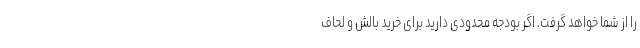
را از شما خواهد گرفت. اگر بودجه محدودی دارید برای خرید بالش و لحاف